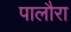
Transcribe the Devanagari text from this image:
पालौरा